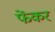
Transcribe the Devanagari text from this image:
फेंकर